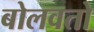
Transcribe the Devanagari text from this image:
बोलवतो